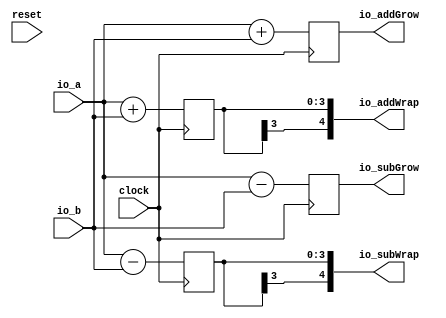
module OverflowTypeCircuit( // @[:@3.2]
  input        clock, // @[:@4.4]
  input        reset, // @[:@5.4]
  input  [3:0] io_a, // @[:@6.4]
  input  [3:0] io_b, // @[:@6.4]
  output [4:0] io_addWrap, // @[:@6.4]
  output [4:0] io_addGrow, // @[:@6.4]
  output [4:0] io_subWrap, // @[:@6.4]
  output [4:0] io_subGrow // @[:@6.4]
);
`ifdef RANDOMIZE_REG_INIT
  reg [31:0] _RAND_0;
  reg [31:0] _RAND_1;
  reg [31:0] _RAND_2;
  reg [31:0] _RAND_3;
`endif // RANDOMIZE_REG_INIT
  reg [3:0] regAddWrap; // @[NumbersSpec.scala 194:27:@14.4]
  reg [4:0] regAddGrow; // @[NumbersSpec.scala 195:27:@17.4]
  reg [3:0] regSubWrap; // @[NumbersSpec.scala 197:27:@22.4]
  reg [4:0] regSubGrow; // @[NumbersSpec.scala 198:27:@25.4]
  assign io_addWrap = {{1{regAddWrap[3]}},regAddWrap};
  assign io_addGrow = regAddGrow;
  assign io_subWrap = {{1{regSubWrap[3]}},regSubWrap};
  assign io_subGrow = regSubGrow;
  always @(posedge clock) begin
    regAddWrap <= $signed(io_a) + $signed(io_b); // @[SIntTypeClass.scala 23:22:@13.4]
    regAddGrow <= $signed(io_a) + $signed(io_b); // @[SIntTypeClass.scala 22:22:@16.4]
    regSubWrap <= $signed(io_a) - $signed(io_b); // @[SIntTypeClass.scala 32:22:@21.4]
    regSubGrow <= $signed(io_a) - $signed(io_b); // @[SIntTypeClass.scala 31:22:@24.4]
  end
// Register and memory initialization
`ifdef RANDOMIZE_GARBAGE_ASSIGN
`define RANDOMIZE
`endif
`ifdef RANDOMIZE_INVALID_ASSIGN
`define RANDOMIZE
`endif
`ifdef RANDOMIZE_REG_INIT
`define RANDOMIZE
`endif
`ifdef RANDOMIZE_MEM_INIT
`define RANDOMIZE
`endif
`ifndef RANDOM
`define RANDOM $random
`endif
`ifdef RANDOMIZE_MEM_INIT
  integer initvar;
`endif
`ifndef SYNTHESIS
`ifdef FIRRTL_BEFORE_INITIAL
`FIRRTL_BEFORE_INITIAL
`endif
initial begin
  `ifdef RANDOMIZE
    `ifdef INIT_RANDOM
      `INIT_RANDOM
    `endif
    `ifndef VERILATOR
      `ifdef RANDOMIZE_DELAY
        #`RANDOMIZE_DELAY begin end
      `else
        #0.002 begin end
      `endif
    `endif
`ifdef RANDOMIZE_REG_INIT
  _RAND_0 = {1{`RANDOM}};
  regAddWrap = _RAND_0[3:0];
  _RAND_1 = {1{`RANDOM}};
  regAddGrow = _RAND_1[4:0];
  _RAND_2 = {1{`RANDOM}};
  regSubWrap = _RAND_2[3:0];
  _RAND_3 = {1{`RANDOM}};
  regSubGrow = _RAND_3[4:0];
`endif // RANDOMIZE_REG_INIT
  `endif // RANDOMIZE
end // initial
`ifdef FIRRTL_AFTER_INITIAL
`FIRRTL_AFTER_INITIAL
`endif
`endif // SYNTHESIS
endmodule